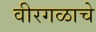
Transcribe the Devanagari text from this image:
वीरगळाचे